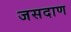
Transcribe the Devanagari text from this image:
जसदाण